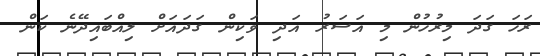
ރަހަ ގަދަ މިރުހުން މި އަސަރު އަދި ވަކިން ގަދައަށް ލިއްބައިދޭނެ ކަން